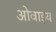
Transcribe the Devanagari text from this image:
ओवाइय